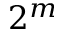
2 ^ { m }